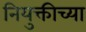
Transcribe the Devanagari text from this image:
नियुक्तीच्या